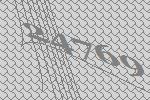
24769